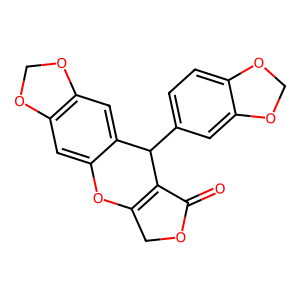
SMILES: O=C1OCC2=C1C(c1ccc3c(c1)OCO3)c1cc3c(cc1O2)OCO3
Inhibits HIV replication: No